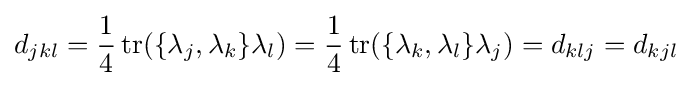
d_{jkl}={\frac {1}{4}}\operatorname {tr} (\{\lambda _{j},\lambda _{k}\}\lambda _{l})={\frac {1}{4}}\operatorname {tr} (\{\lambda _{k},\lambda _{l}\}\lambda _{j})=d_{klj}=d_{kjl}